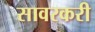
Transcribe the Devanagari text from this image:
सावरकरी